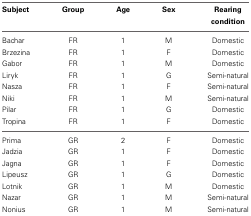
<table><thead><tr><td><b>Subject</b></td><td><b>Group</b></td><td><b>Age</b></td><td><b>Sex</b></td><td><b>Rearing condition</b></td></tr></thead><tbody><tr><td>Bachar</td><td>FR</td><td>1</td><td>M</td><td>Domestic</td></tr><tr><td>Brzezina</td><td>FR</td><td>1</td><td>F</td><td>Domestic</td></tr><tr><td>Gabor</td><td>FR</td><td>1</td><td>M</td><td>Domestic</td></tr><tr><td>Liryk</td><td>FR</td><td>1</td><td>G</td><td>Semi-natural</td></tr><tr><td>Nasza</td><td>FR</td><td>1</td><td>F</td><td>Semi-natural</td></tr><tr><td>Niki</td><td>FR</td><td>1</td><td>M</td><td>Semi-natural</td></tr><tr><td>Pilar</td><td>FR</td><td>1</td><td>G</td><td>Domestic</td></tr><tr><td>Tropina</td><td>FR</td><td>1</td><td>F</td><td>Domestic</td></tr><tr><td>Prima</td><td>GR</td><td>2</td><td>F</td><td>Domestic</td></tr><tr><td>Jadzia</td><td>GR</td><td>1</td><td>F</td><td>Domestic</td></tr><tr><td>Jagna</td><td>GR</td><td>1</td><td>F</td><td>Domestic</td></tr><tr><td>Lipeusz</td><td>GR</td><td>1</td><td>G</td><td>Domestic</td></tr><tr><td>Lotnik</td><td>GR</td><td>1</td><td>M</td><td>Domestic</td></tr><tr><td>Nazar</td><td>GR</td><td>1</td><td>M</td><td>Semi-natural</td></tr><tr><td>Nonius</td><td>GR</td><td>1</td><td>M</td><td>Semi-natural</td></tr></tbody></table>